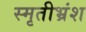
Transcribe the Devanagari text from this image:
स्मृतीभ्रंश